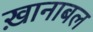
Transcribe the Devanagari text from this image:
ख़ानाबल